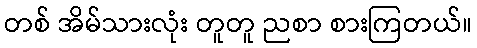
တစ် အိမ်သားလုံး တူတူ ညစာ စားကြတယ်။